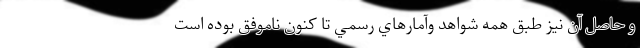
و حاصل آن نيز طبق همه شواهد وآمارهاي رسمي تا كنون ناموفق بوده است